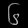
Digit: ၆